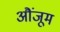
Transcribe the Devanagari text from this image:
औंजूम